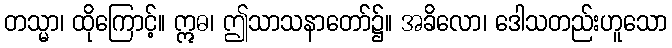
တသ္မာ၊ ထိုကြောင့်။ ဣဓ၊ ဤသာသနာတော်၌။ အခိလော၊ ဒေါသတည်းဟူသော